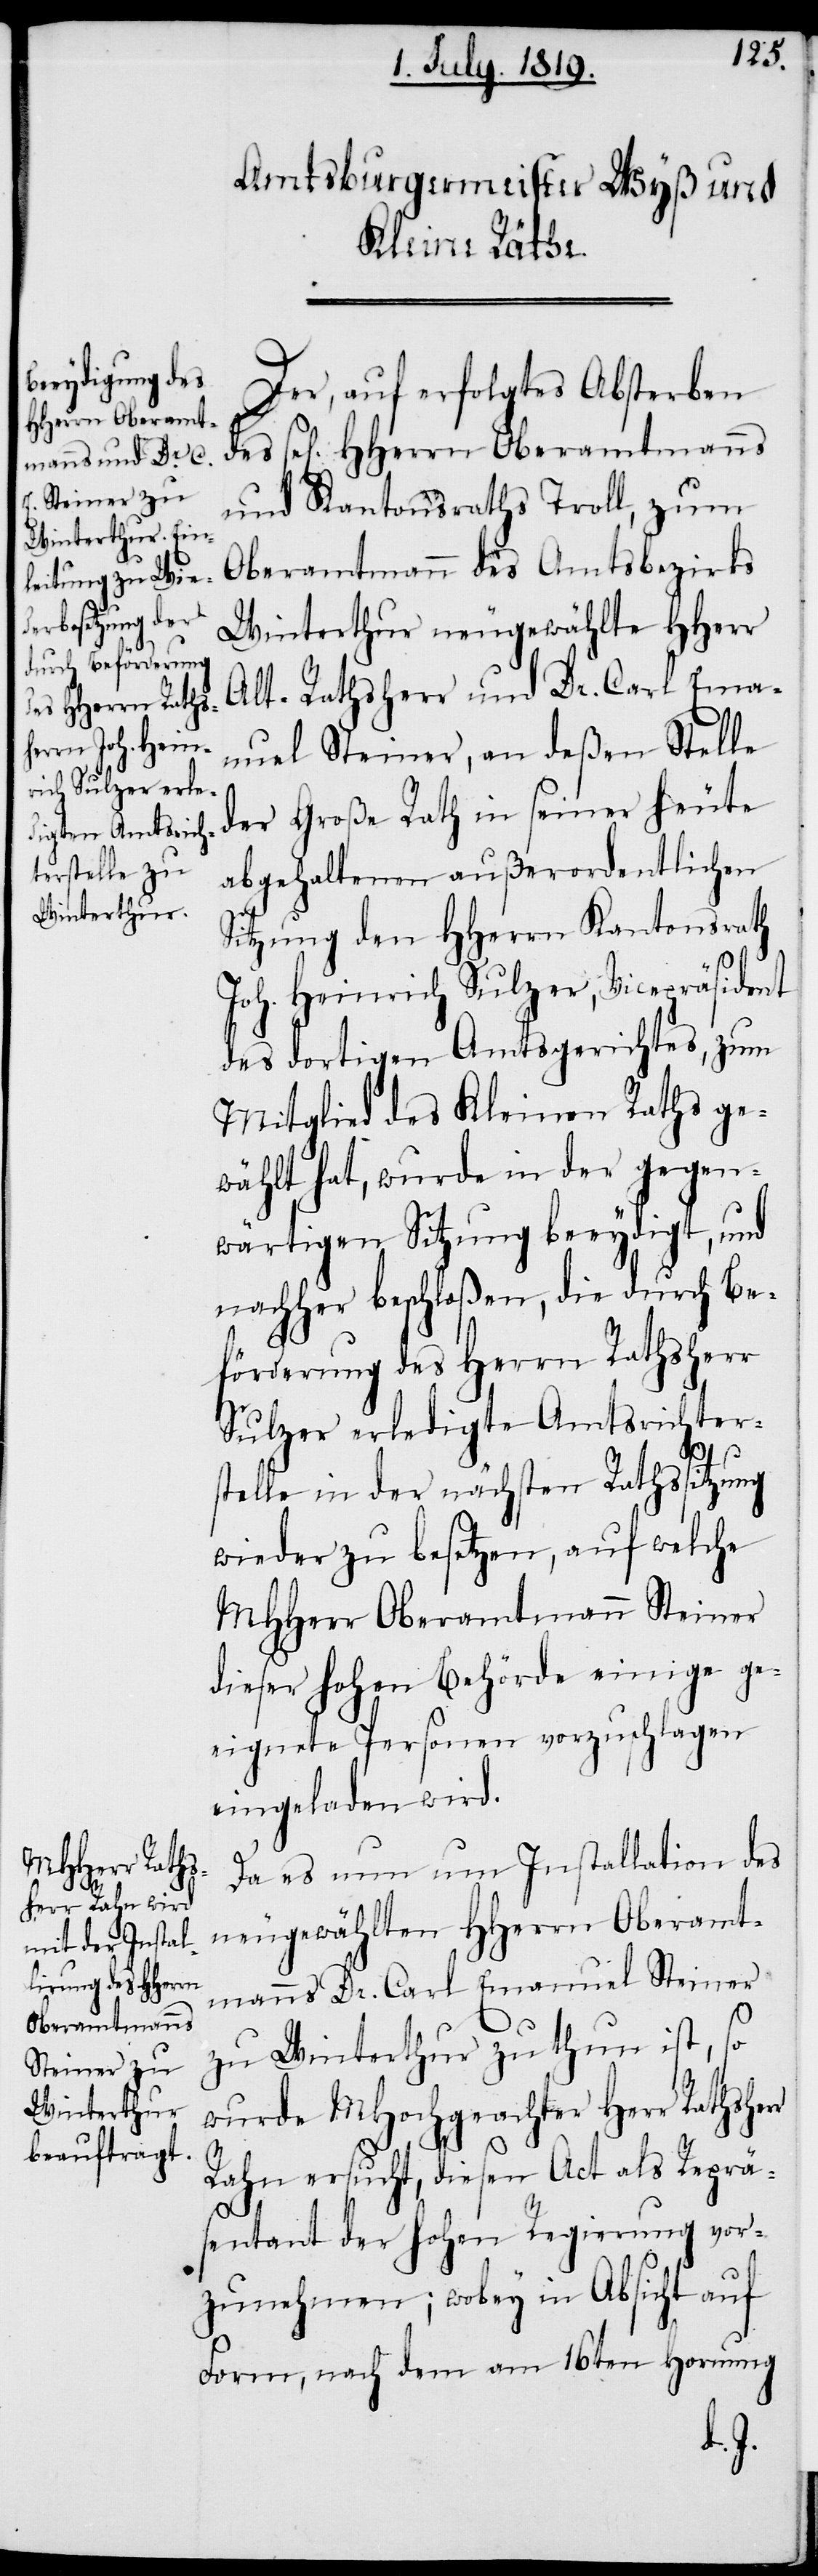
Der, auf erfolgtes Absterben
sel[igen] HHerrn Oberamtmanns
und Kantonsraths Troll, zum
Oberamtmann des Amtsbezirks
Winterthur neugewählte HHerr
Alt-Rathsherr und Dr. Carl Ema¬
nuel Steiner, an deßen Stelle
der Große Rath in seiner heute
abgehaltenen außerordentlichen
Sitzung den HHerrn Kantonsrath
Joh. Heinrich Sulzer, Vicepräsident
des dortigen Amtsgerichtes, zum
Mitglied des Kleinen Raths ge¬
wählt hat, wurde in der gegen¬
wärtigen Sitzung beeydigt, und
nachher beschloßen, die durch Be¬
förderung des Herrn Rathsherr
Sulzer erledigte Amtsrichter¬
r
stelle in der nächsten Rathsitzung
wieder zu besetzen, auf welche
MHHerr Oberamtmann Steiner
dieser hohen Behörde einige ge¬
eignete Personen vorzuschlagen
eingeladen wird.
Da es nun um Installation des
neugewählten HHerrn Oberamt¬
manns Dr. Carl Emanuel Steiner
zu Winterthur zu thun ist, so
wurde MHochgeachter Herr Rathsher¬
Rahn ersucht, diesen Act als Reprä¬
sentant der hohen Regierung vor¬
zunehmen; wobey in Absicht auf
Form, nach dem am 16ten Hornung
des